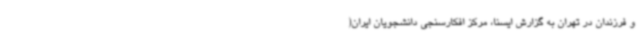
و فرزندان در تهران به گزارش ایسنا، مرکز افکارسنجی دانشجویان ایران(